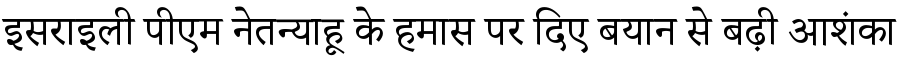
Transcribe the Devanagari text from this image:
इसराइली पीएम नेतन्याहू के हमास पर दिए बयान से बढ़ी आशंका